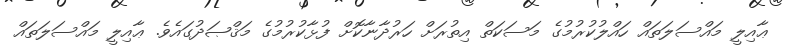
ޢާއިލީ މައްސަލަތައް ހައްލުކުރުމުގެ މަސަކަތް އިތުރަށް ހަރުދާނާކޮށް ފުޅާކުރުމުގެ މަޤްޞަދުގައެވެ. ޢާއިލީ މައްސަލަތައް